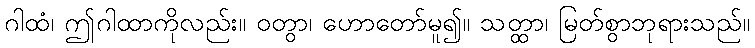
ဂါထံ၊ ဤဂါထာကိုလည်း။ ဝတွာ၊ ဟောတော်မူ၍။ သတ္ထာ၊ မြတ်စွာဘုရားသည်။